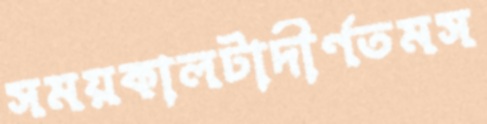
সময়কালটাদীর্ণতমস